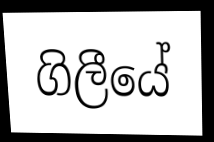
ගිලීයේ